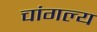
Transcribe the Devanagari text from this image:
चांगल्य